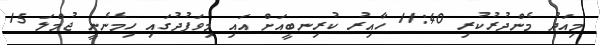
މިއަދު މެންދުރުކުރި 11:40 ހާއިރު ކުރިނބީއަށް އައި މިވަފުދުގައި ހިމެނެނީ ޖުމްލަ 15